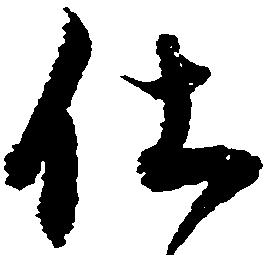
仕